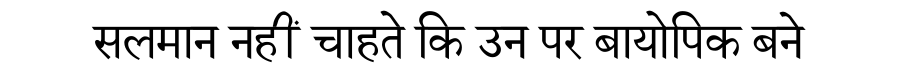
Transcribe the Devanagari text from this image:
सलमान नहीं चाहते कि उन पर बायोपिक बने